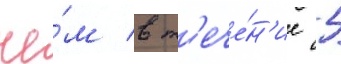
че́м в т'ече́н'ие 5